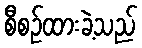
စီစဉ်ထားခဲ့သည်